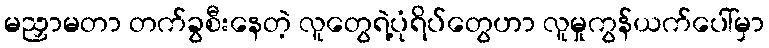
မညှာမတာ တက်ခွစီးနေတဲ့ လူတွေရဲ့ပုံရိပ်တွေဟာ လူမှုကွန်ယက်ပေါ်မှာ